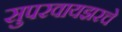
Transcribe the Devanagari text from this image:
सुपरवायझरचे